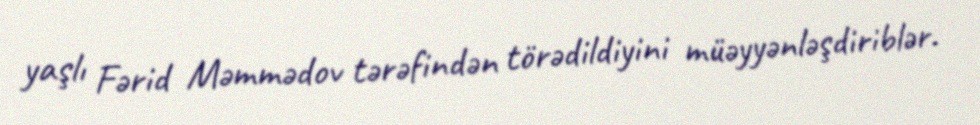
yaşlı Fərid Məmmədov tərəfindən törədildiyini müəyyənləşdiriblər.